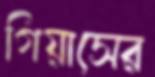
গিয়াসের